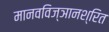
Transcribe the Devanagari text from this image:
मानवविज्ञानश्रित